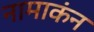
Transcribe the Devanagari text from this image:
नामाकंन